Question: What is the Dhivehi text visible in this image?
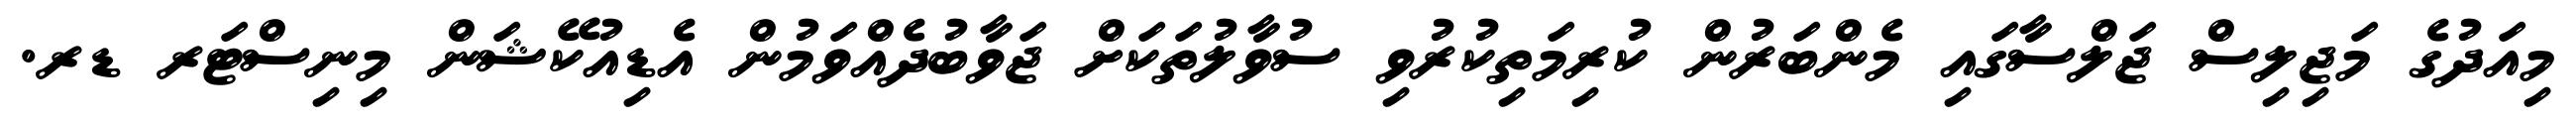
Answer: މިއަދުގެ މަޖިލިސް ޖަލްސާގައި މެންބަރުން ކުރިމަތިކުރުވި ސުވާލުތަކަށް ޖަވާބުދެއްވަމުން އެޑިއުކޭޝަން މިނިސްޓަރ ޑރ.